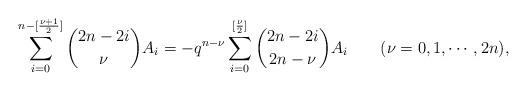
LaTeX: \begin{align*}\sum_{i=0}^{n-[\frac{\nu+1}{2}]} {{2n-2i}\choose{\nu}} A_i = -q^{n-\nu} \sum_{i=0}^{[\frac{\nu}{2}]} {{2n-2i}\choose{2n-\nu}} A_i\qquad(\nu=0,1,\cdots, 2n),\end{align*}